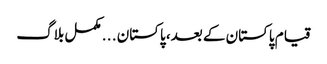
قیام پاکستان کے بعد، پاکستان . . . مکمل بلاگ